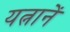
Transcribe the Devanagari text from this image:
यत्नानें